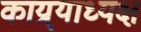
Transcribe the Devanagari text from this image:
काय्र्याध्यक्ष